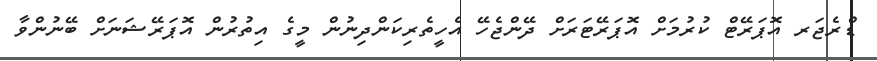
ޑްރެޖަރ އޮޕަރޭޓް ކުރުމަށް އޮޕަރޭޓަރަށް ދޭންޖެހޭ އެހީތެރިކަންދިނުން މީގެ އިތުރުން އޮޕަރޭޝަނަށް ބޭނުންވާ